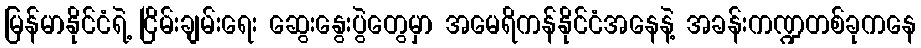
မြန်မာနိုင်ငံရဲ့ ငြိမ်းချမ်းရေး ဆွေးနွေးပွဲတွေမှာ အမေရိကန်နိုင်ငံအနေနဲ့ အခန်းကဏ္ဍတစ်ခုကနေ